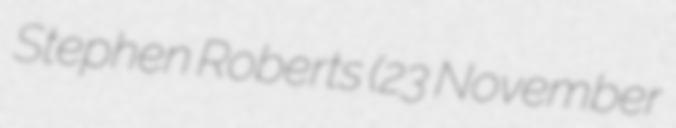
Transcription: Stephen Roberts (23 November